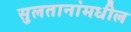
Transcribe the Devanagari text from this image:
सुलतानांमधील